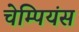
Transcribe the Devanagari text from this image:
चेम्पियंस